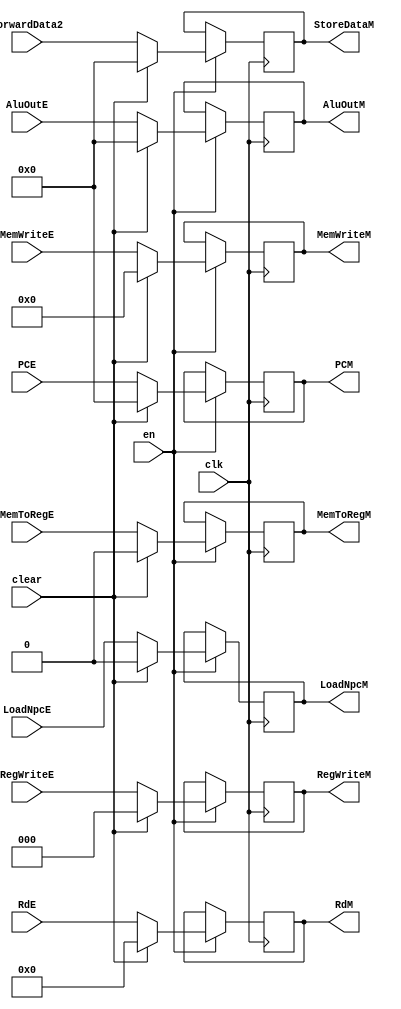
// This program was cloned from: https://github.com/Summer-Summer/ComputerArchitectureLab
// License: MIT License

`timescale 1ns / 1ps
//////////////////////////////////////////////////////////////////////////////////
// Company: USTC ESLABEmbeded System Lab
// Design Name: RISCV-Pipline CPU
// Module Name: MEMSegReg
// Target Devices: Nexys4
// Tool Versions: Vivado 2017.4.1
// Description: EX-MEM Segment Register
//////////////////////////////////////////////////////////////////////////////////
module MEMSegReg(
    input wire clk,
    input wire en,
    input wire clear,
    //Data Signals
    input wire [31:0] AluOutE,
    output reg [31:0] AluOutM, 
    input wire [31:0] ForwardData2,
    output reg [31:0] StoreDataM, 
    input wire [4:0] RdE,
    output reg [4:0] RdM,
    input wire [31:0] PCE,
    output reg [31:0] PCM,
    //Control Signals
    input wire [2:0] RegWriteE,
    output reg [2:0] RegWriteM,
    input wire MemToRegE,
    output reg MemToRegM,
    input wire [3:0] MemWriteE,
    output reg [3:0] MemWriteM,
    input wire LoadNpcE,
    output reg LoadNpcM
    );
    initial begin
        AluOutM    = 0;
        StoreDataM = 0;
        RdM        = 5'h0;
        PCM        = 0;
        RegWriteM  = 3'h0;
        MemToRegM  = 1'b0;
        MemWriteM  = 4'b0;
        LoadNpcM   = 0;
    end
    
    always@(posedge clk)
        if(en) begin
            AluOutM    <= clear ?     0 : AluOutE;
            StoreDataM <= clear ?     0 : ForwardData2;
            RdM        <= clear ?  5'h0 : RdE;
            PCM        <= clear ?     0 : PCE;
            RegWriteM  <= clear ?  3'h0 : RegWriteE;
            MemToRegM  <= clear ?  1'b0 : MemToRegE;
            MemWriteM  <= clear ?  4'b0 : MemWriteE;
            LoadNpcM   <= clear ?     0 : LoadNpcE;
        end
    
endmodule